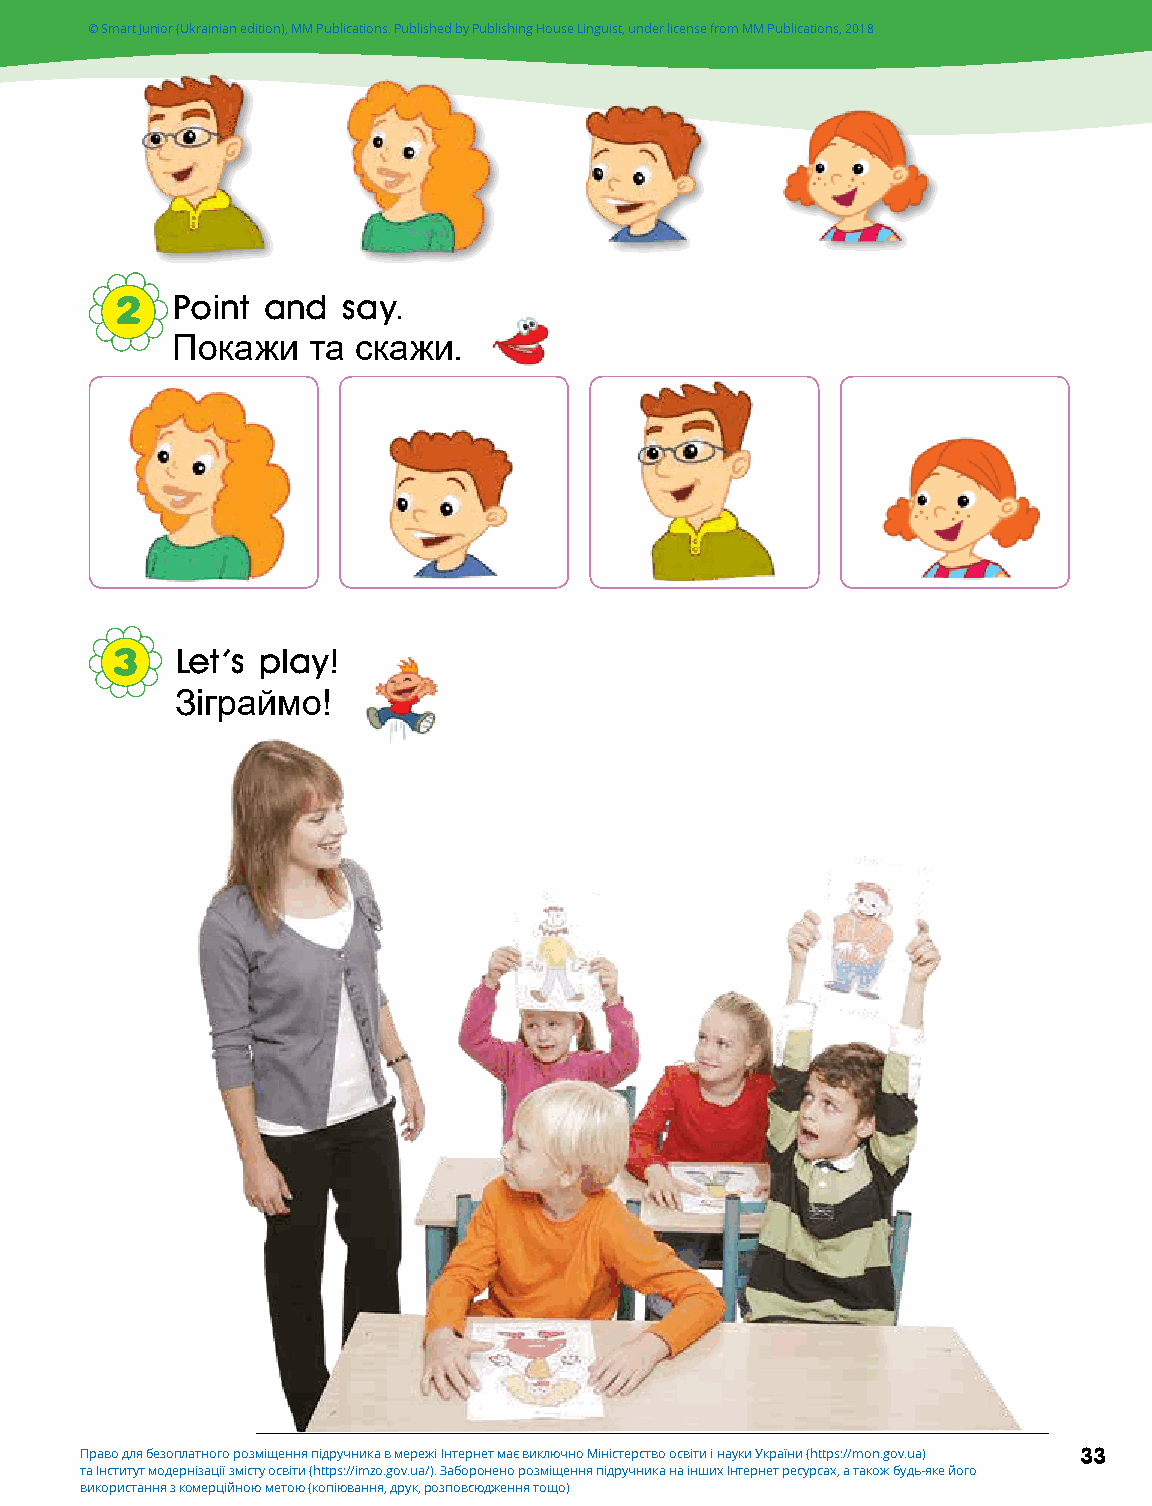
3     © Smart Junior (Ukrainian edition), MM Publications. Published by Publishing House Linguist, under license from MM Publications, 2018
 IF alimkei layp palneds friends
 a
 2  Point and   say.
 Покажи   та скажи.
 3    Let's play!
 Зіграймо!
 Право для безоплатного розміщення підручника в мережі Інтернет має виключно Міністерство освіти і науки України (https://mon.gov.ua) 33
 та Інститут модернізації змісту освіти (https://imzo.gov.ua/). Заборонено розміщення підручника на інших Інтернет ресурсах, а також будь-яке його
 використання з комерційною метою (копіювання, друк, розповсюдження тощо)